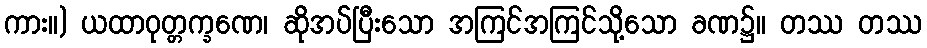
ကား။) ယထာဝုတ္တက္ခဏေ၊ ဆိုအပ်ပြီးသော အကြင်အကြင်သို့သော ခဏ၌။ တဿ တဿ